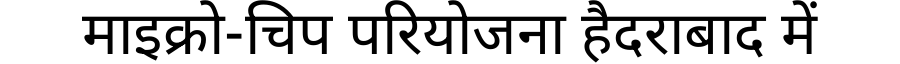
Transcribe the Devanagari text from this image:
माइक्रो-चिप परियोजना हैदराबाद में